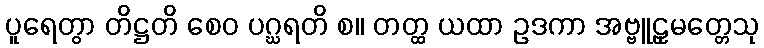
ပူရေတွာ တိဋ္ဌတိ စေဝ ပဂ္ဃရတိ စ။ တတ္ထ ယထာ ဥဒကာ အဗ္ဗူဠှမတ္တေသု